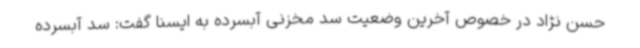
حسن نژاد در خصوص آخرین وضعیت سد مخزنی آبسرده به ایسنا گفت: سد آبسرده